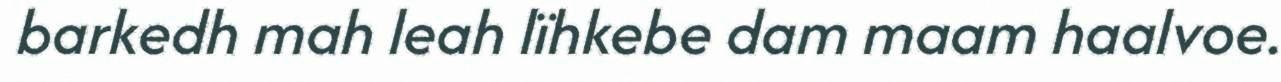
barkedh mah leah lïhkebe dam maam haalvoe.